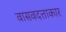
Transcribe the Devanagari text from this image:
वासवदत्ताकार